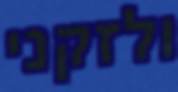
ולזקני